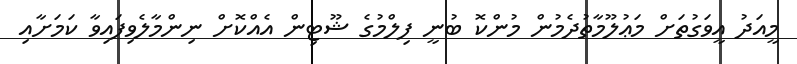
މީއަދު އީވަގުތަށް މަޢުލޫމާތުދެމުން މުންކޮ ބުނީ ފިލްމުގެ ޝޫޓިން އެއްކޮށް ނިންމާލެވިފައިވާ ކަމަށާއި